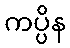
ကပ္ပိန